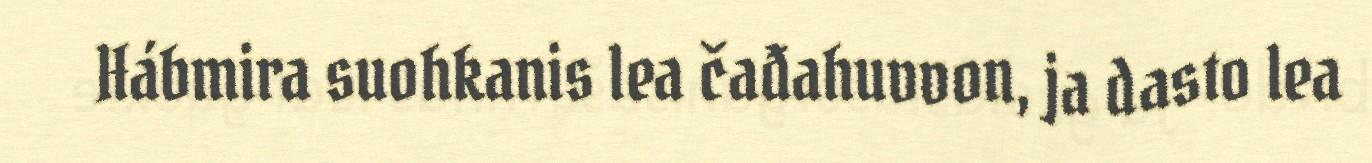
Hábmira suohkanis lea čađahuvvon, ja dasto lea